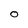
Character: O